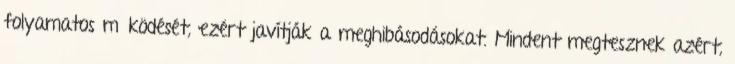
folyamatos működését, ezért javítják a meghibásodásokat. Mindent megtesznek azért,